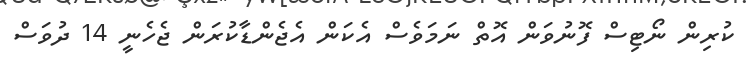
ކުރިން ނޯޓިސް ފޮނުވަން އޮތް ނަމަވެސް އެކަން އެޖެންޑާކުރަން ޖެހެނީ 14 ދުވަސް